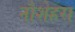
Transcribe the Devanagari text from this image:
नौशेहरा